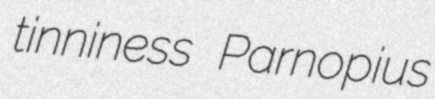
tinniness Parnopius